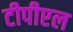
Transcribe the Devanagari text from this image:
टीपीएल